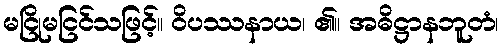
မငြိုမငြင်သဖြင့်။ ဝိပဿနာယ၊ ၏။ အဓိဋ္ဌာနဘူတံ၊